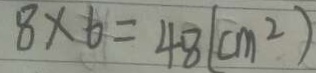
8 \times 6 = 4 8 ( c m ^ { 2 } )